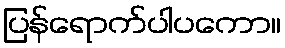
ပြန်ရောက်ပါပကော။